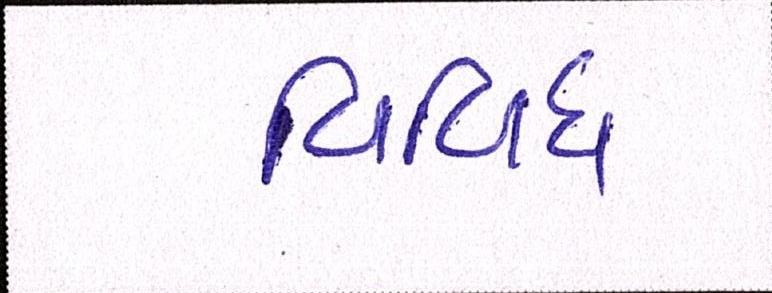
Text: વિવિધ